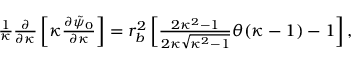
\begin{array} { r } { \frac { 1 } { \kappa } \frac { \partial } { \partial \kappa } \left[ \kappa \frac { \partial \tilde { \psi } _ { 0 } } { \partial \kappa } \right] = r _ { b } ^ { 2 } \left[ \frac { 2 \kappa ^ { 2 } - 1 } { 2 \kappa \sqrt { \kappa ^ { 2 } - 1 } } \theta ( \kappa - 1 ) - 1 \right] , } \end{array}